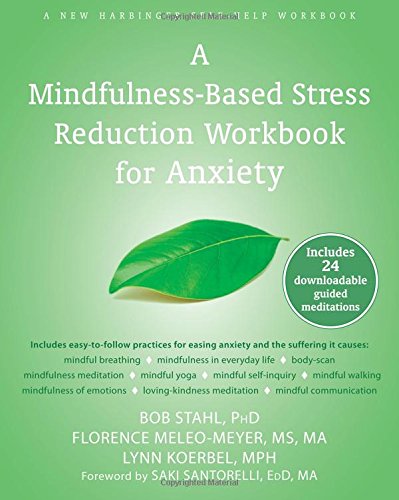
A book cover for A Mindfulness-Based Stress Reduction Workbook for Anxiety; Bob Stahl PhD; Self-Help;